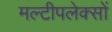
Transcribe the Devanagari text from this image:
मल्टीपलेक्सों